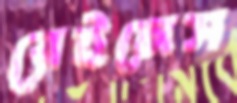
রেইনেস